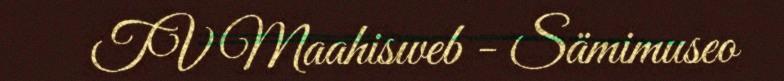
TV Maahisweb - Sämimuseo